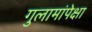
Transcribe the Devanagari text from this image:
गुलामांपेक्षा